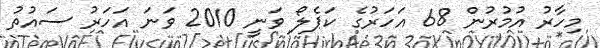
މިހާރު އުމުރުން 68 އަހަރުގެ ކަޕެލޯ ވަނީ 2010 ވަނަ އަހަރު ސައުތު